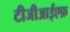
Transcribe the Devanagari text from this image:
टीजीआईएफ़